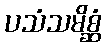
ပသံသမိစ္ဆံ